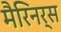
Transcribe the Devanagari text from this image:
मैरिनर्स